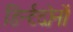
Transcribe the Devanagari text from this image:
डिर्न्टदोनों